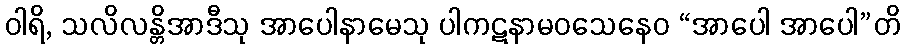
ဝါရိ, သလိလန္တိအာဒီသု အာပေါနာမေသု ပါကဋနာမဝသေနေဝ “အာပေါ အာပေါ”တိ